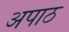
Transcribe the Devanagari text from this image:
अपाठ